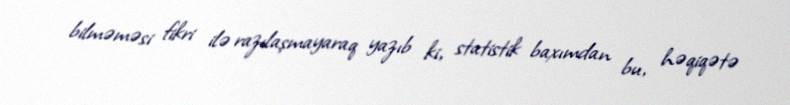
bilməməsi fikri ilə razılaşmayaraq yazıb ki, statistik baxımdan bu, həqiqətə